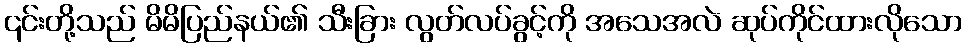
၎င်းတို့သည် မိမိပြည်နယ်၏ သီးခြား လွတ်လပ်ခွင့်ကို အသေအလဲ ဆုပ်ကိုင်ထားလိုသော